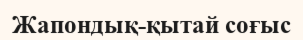
Жапондық-қытай соғыс